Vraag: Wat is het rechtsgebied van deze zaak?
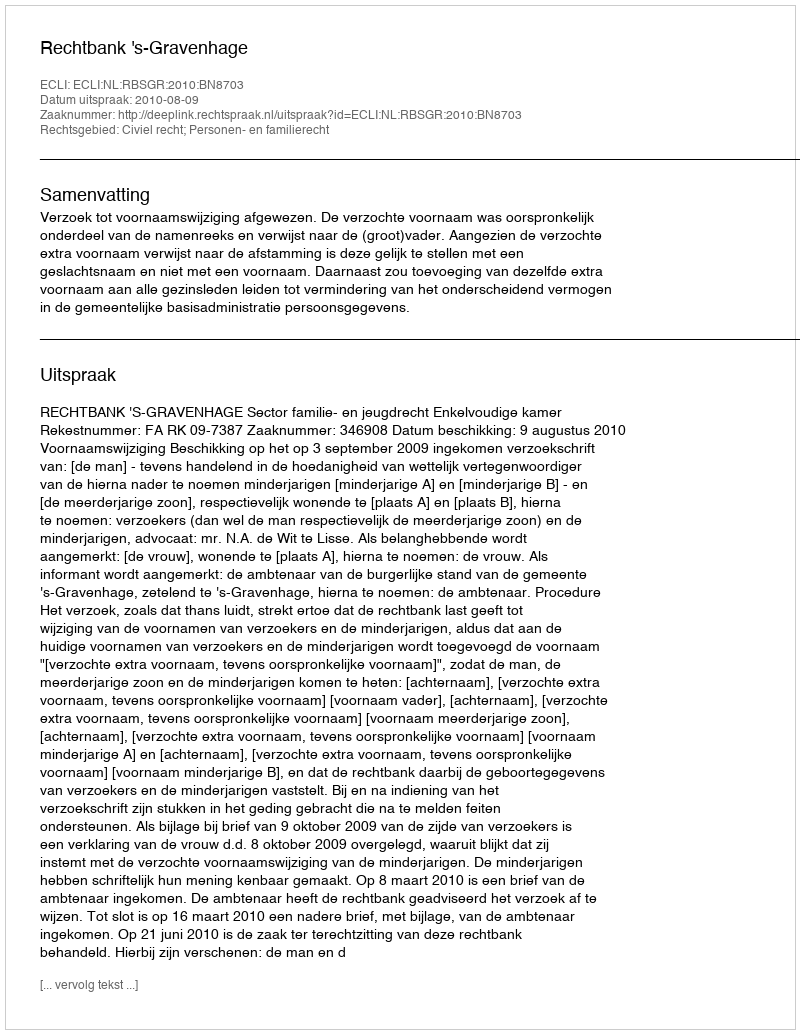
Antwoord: Civiel recht; Personen- en familierecht